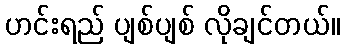
ဟင်းရည် ပျစ်ပျစ် လိုချင်တယ်။